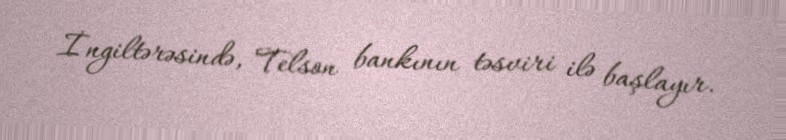
İngiltərəsində, Telson bankının təsviri ilə başlayır.